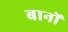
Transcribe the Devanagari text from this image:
बानों